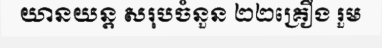
យានយន្ត សរុបចំនួន ២២គ្រឿង រួម